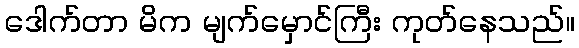
ဒေါက်တာ မိက မျက်မှောင်ကြီး ကုတ်နေသည်။